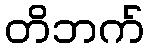
တိဘက်